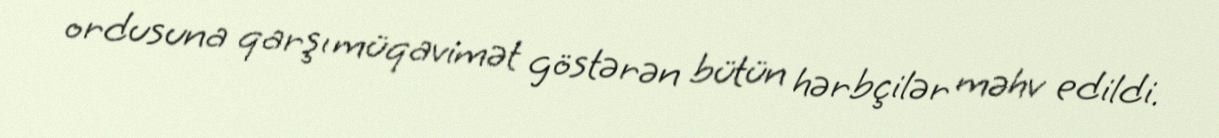
ordusuna qarşı müqavimət göstərən bütün hərbçilər məhv edildi.